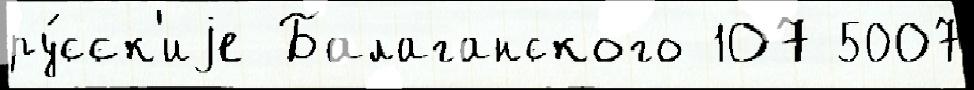
ру́сск'иjе Балаганского 107 5007